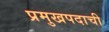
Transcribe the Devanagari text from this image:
प्रमुखपदाची